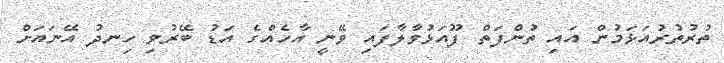
ތުރުތުރުއަޅަމުން އައި ތުންފަތް ފޫއަޅުވާލާފައި ވޭނީ އާހެއްގެ އަޑު ބޭރުވި ހިނދު އޭނައަށް